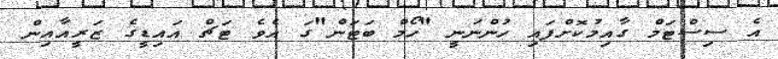
އެ ސިސްޓަމް ގާއިމުކޮށްފައި ހުންނަނީ "ހޯމް ބަޓަން"ގަ އެވެ ޓަޗް އައިޑީގެ ޒަރީއާއިން